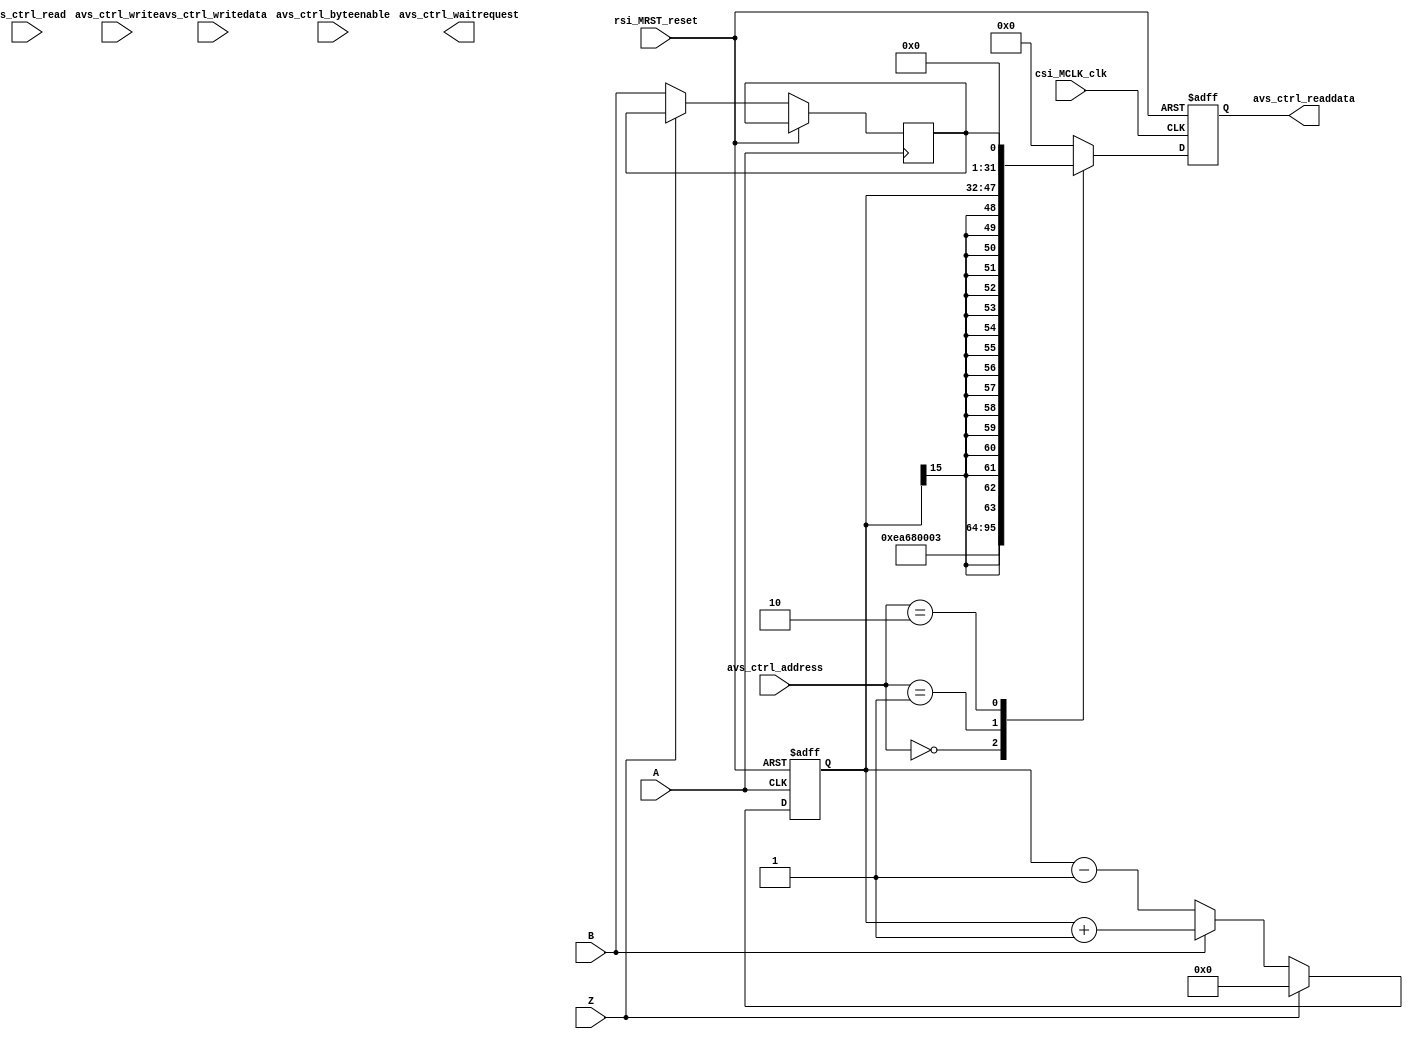
module position_encoder(
// Qsys bus interface	
		input					rsi_MRST_reset,
		input					csi_MCLK_clk,
		input		[31:0]	avs_ctrl_writedata,
		output	[31:0]	avs_ctrl_readdata,
		input		[3:0]		avs_ctrl_byteenable,
		input		[2:0]		avs_ctrl_address,
		input					avs_ctrl_write,
		input					avs_ctrl_read,
		output				avs_ctrl_waitrequest,

// Encoder sensor interface		
		input A,
		input B,
		input Z
		);
		// Qsys bus controller	
		reg [31:0] read_data;		
		reg [15:0]  postion;
		reg  direction;
		assign	avs_ctrl_readdata = read_data;
		always@(posedge csi_MCLK_clk or posedge rsi_MRST_reset)
		begin
			if(rsi_MRST_reset) begin
				read_data <= 0;
			end
			else begin
				case(avs_ctrl_address)
					0: read_data <= 32'hEA680003;
					1: read_data <= {{16{postion[15]}},postion};
					2: read_data <= {31'b0,direction};
					default: read_data <= 32'b0;
				endcase
			end
		end
		
	   //position encoder controller
		always @(posedge A or posedge rsi_MRST_reset)
		begin
			if (rsi_MRST_reset)
				postion <= 16'b0;
			else if (Z)
				postion <= 16'b0;
			else begin
				if (B)
					postion <= postion+1;
				else
					postion <= postion-1;
				direction <= B;
			end
		end
endmodule